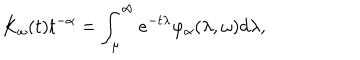
K _ { \omega } ( t ) t ^ { - \alpha } = \int _ { \mu } ^ { \infty } e ^ { - t \lambda } \varphi _ { \alpha } ( \lambda , \omega ) d \lambda ,